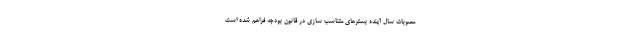
مصوبات سال آینده بسترهای متناسب سازی در قانون بودجه فراهم شده است